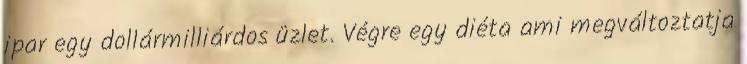
ipar egy dollármilliárdos üzlet. Végre egy diéta ami megváltoztatja